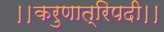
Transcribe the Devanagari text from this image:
।।करुणात्रिपदी।।